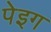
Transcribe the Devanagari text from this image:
पेइग